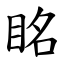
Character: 眳